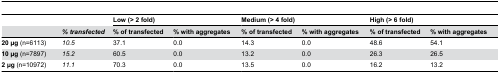
<table><thead><tr><td></td><td></td><td colspan="2"><b>Low (&gt; 2 fold)</b></td><td colspan="2"><b>Medium (&gt; 4 fold)</b></td><td colspan="2"><b>High (&gt; 6 fold)</b></td></tr><tr><td></td><td><b><i>% transfected</i></b></td><td><b>% of transfected</b></td><td><b>% with aggregates</b></td><td><b>% of transfected</b></td><td><b>% with aggregates</b></td><td><b>% of transfected</b></td><td><b>% with aggregates</b></td></tr></thead><tbody><tr><td><b>20 μg</b> (n=6113)</td><td><i>10.5</i></td><td>37.1</td><td>0.0</td><td>14.3</td><td>0.0</td><td>48.6</td><td>54.1</td></tr><tr><td><b>10 μg</b> (n=7897)</td><td><i>15.2</i></td><td>60.5</td><td>0.0</td><td>13.2</td><td>0.0</td><td>26.3</td><td>26.5</td></tr><tr><td><b>2 μg</b> (n=10972)</td><td><i>11.1</i></td><td>70.3</td><td>0.0</td><td>13.5</td><td>0.0</td><td>16.2</td><td>13.2</td></tr></tbody></table>